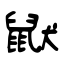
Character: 鼣